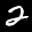
Label: 2